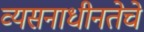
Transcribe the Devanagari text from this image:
व्यसनाधीनतेचे